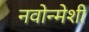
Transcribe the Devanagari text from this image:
नवोन्मेशी